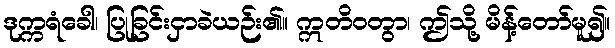
ဒုက္ကရံခေါ၊ ပြုခြင်းငှာခဲယဉ်း၏။ ဣတိဝတွာ၊ ဤသို့ မိန့်တော်မူ၍။